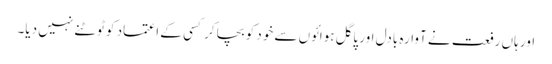
اور ہاں رفعت نے آوارہ بادل اور پاگل ہوائوں سے خود کو بچا کر کسی کے اعتماد کو ٹوٹنے نہیں دیا۔